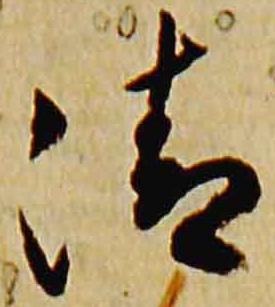
清